Tezpur Lunatic Asylum reports 1895-1904 - 1895-1904
Year: 1895
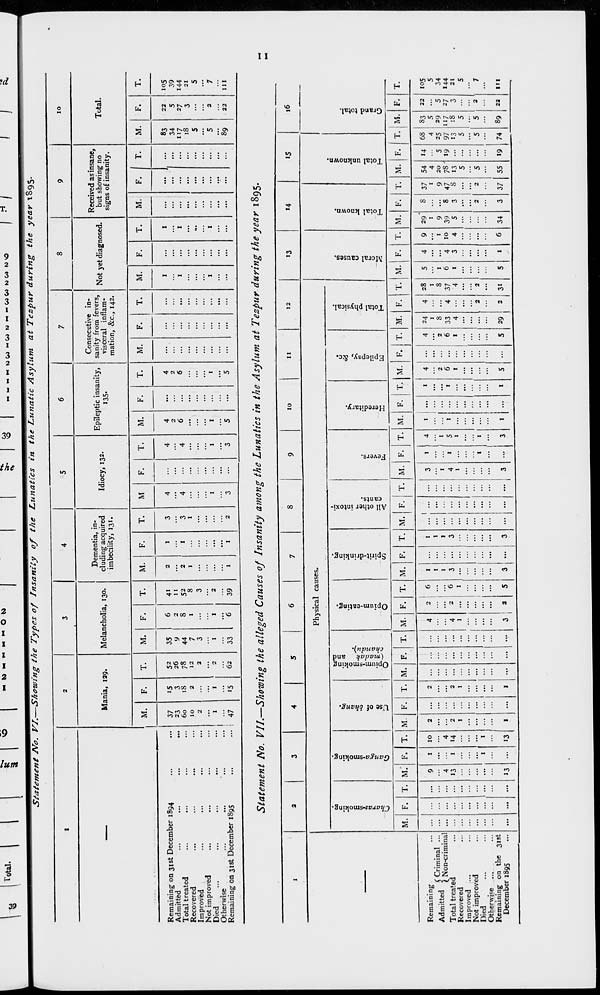
IS
Total.
5
VO
M()M<MMMOt)
•t.
o
MMMtHMOiMMMlHMMMNOttOVO
! - H /
I
J
Statement ATo. VI.—Showing the Types of Insanity of the Lunatics in the Lunatic Asylum, at Tezpur during the year T895.
1
2
3
4
5
6
7
8
9
10
Mania, 129.
Melancholia, 130.
Dementia, in-
cluding acquired
imbecility, 131.
Idiocy, 132.
Epileptic insanity,
135-
Consecutive in-
sanity from fevers,
visceral inflam-
mation, &c, 142.
Not yet diagnosed.
Received as insane,
but showing no
signs of insanity.
Total.
M.
F.
T.
M.
F.
T.
M.
F.
T.
M
F.
T.
M.
F.
T.
M.
F.
T.
M.
F.
T.
M.
F.
T.
M.
F.
T.
Remaining on 31st December 1894
Admitted
Total treated
Recovered
Improved
Not improved
Died
Otherwise
Remaining on 31st December 1S95
37
23
60
10
2
1
47
15
3
18
2
1
15
52
26
78
12
2
2
62
35
y
44
7
3
1
33
6
2
8
1
1
"<5
41
11
52
8
3
2
39
2
2
I
1
1
1
1
3
3
1
2
4
4
1
3
••
4
4
1
3
4
2
6
I
5
...
4
2
6
1
5
••
••
1
1
1
••
1
1
1
...
••
83
34
117
18
5
5
89
22
5
27
3
2
22
105
39
144
21
5
7
111
Statement No. VII.—Showing the alleged Causes of Insanity among the Lunatics in the Asylum at Tezpur during the year 1895.
I
2
3
4
5
6
7
8
9
10
11
12
13
'4
15
16
Physical causes.
c
oa
to
bo*a
to
c
,j.
c
'J2,
0
E
c
'Si
0
B
►0
to
.5
0)
c
4) .
>i
rt
0
in
"a
in
rt
0
c
0
a
0
c
e
i»
*S
5 2 3
E
3
0 c
(a
u
O
"rt
H
*c3
•a
B
(3
«
V
V)
'5. «.*5
a.
'5.
_ a
>
V
0.
0
0
0
0
M
s
<J
S3
0
O
in
< U
b
X
W
H
1 *5
H
H
O
M. F. T. M. F. T. M. F. T. M. F. T. M. F. T. M. F. T. M. F. T. M. F. T. M. F. T. M. F. 1 T.
]
M. F. T. M. F. T. M. F. T. M. F. T. M. F. T.
Remaining
9
1
10
2
2
4
.
6
1
1
1
3
1
4
1
1
4
4 24
4 28
5
4
9 29" 8 37 54 14 68 83 32 105
AJ
H~J
(Criminal ...
Adm.tted | Non<riminal
...
4
...
4
...
...
...
1
1
1
1
1
...
I
...
...
...
2
...
2
1
8
1
8
1
...
1
1
9
...
1
9
4
20
5
4
25
5
29 "i
5
34
Total treated
13
1
•4
2
2
4
2
6
3
3
4
1
5
1
...
1
6 ...
6 33
4 37
6
4 10 39
i 47 78' 19 97 117 27 144
Recovered
I
1
1
1
1
1
...
...
I
...
I
4 ...
4
1
3
4
5
3
S 13
>3
18
3
21
Improved ...
,.
...
...
...
...
... ... ... ... ...
... ... ...
5
5
5 ...
5
Not improved
,.
,.
... ...
... ...
... ... ... ...
... ...
... ...
...
...
... ...
...
Died
1
1
1
1
... ... ...
...
...
...
...
2
2
... ... ... ...
2
2
5 ...
5
5
2
7
Otherwise ...
...
..
... ...
...
...
... ... ... ... ...
... ...
Remaining on the 31st
December 1895
... ... ... 13 ... 13
I
...
1
... ... ...
3
2
5
3
...
3 ... ... ...
3 ...
3
1
...
1
5
5 29
2
31
5
1
6 34
3 37 55 19 74 89 22 111